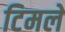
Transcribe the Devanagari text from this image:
टिमले